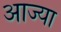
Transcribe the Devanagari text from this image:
आज्या